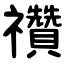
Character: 禶